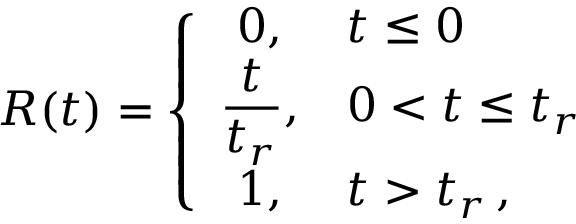
R ( t ) = \left\{ \begin{array} { c l } { 0 , } & { t \le 0 } \\ { \displaystyle \frac { t } { t _ { r } } , } & { 0 < t \le t _ { r } } \\ { 1 , } & { t > t _ { r } \, , } \end{array} \right.